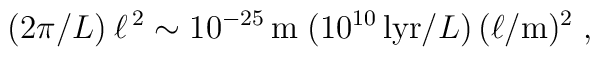
(2\pi /L) \: \ell^{\,2} \sim 10^{-25}\, \mathrm{m}\; ( 10^{10}\,\mathrm{lyr}/L)\, ( \ell/\mathrm{m})^2 \;,